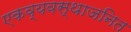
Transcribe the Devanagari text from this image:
एकव्यवस्थाजनित